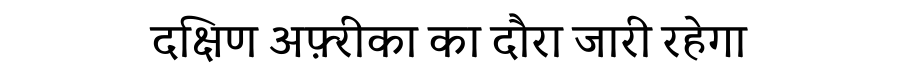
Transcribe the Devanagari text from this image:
दक्षिण अफ़्रीका का दौरा जारी रहेगा